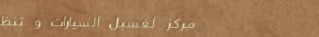
مركز لغسيل السيارات و تنظ